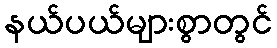
နယ်ပယ်များစွာတွင်